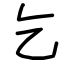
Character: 乞